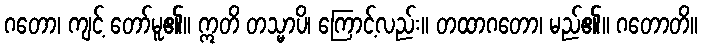
ဂတော၊ ကျင့် တော်မူ၏။ ဣတိ တသ္မာပိ၊ ကြောင့်လည်း။ တထာဂတော၊ မည်၏။ ဂတောတိ။